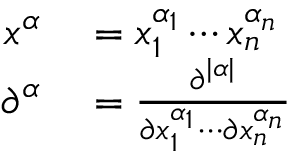
\begin{array} { r l } { x ^ { \alpha } } & { { } = x _ { 1 } ^ { \alpha _ { 1 } } \cdots x _ { n } ^ { \alpha _ { n } } } \\ { \partial ^ { \alpha } } & { { } = { \frac { \partial ^ { | \alpha | } } { \partial x _ { 1 } ^ { \alpha _ { 1 } } \cdots \partial x _ { n } ^ { \alpha _ { n } } } } } \end{array}